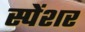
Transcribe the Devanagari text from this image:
स्पेंशर